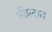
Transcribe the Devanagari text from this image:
भीप्रदान